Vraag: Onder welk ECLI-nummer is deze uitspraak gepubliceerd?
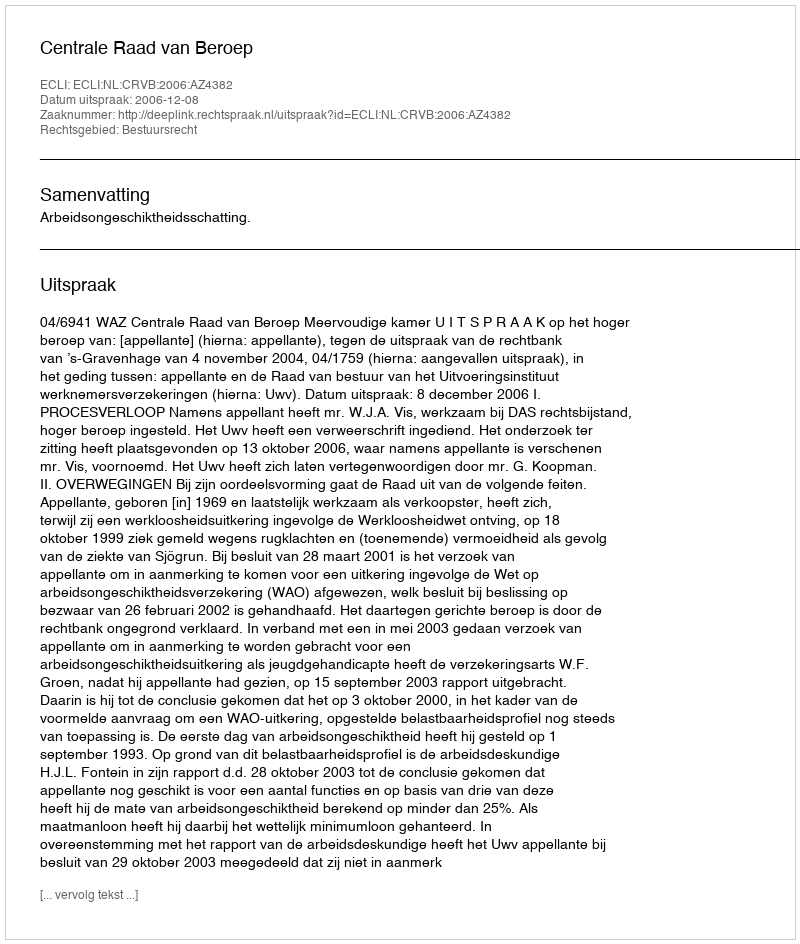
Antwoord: ECLI:NL:CRVB:2006:AZ4382